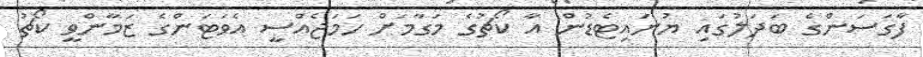
ފާގަސަންގެ ބަދަލުގައި ޔުނައިޓެޑުން އާ ކޯޗުގެ މަގާމަށް ހަމަޖެއްސީ އެވަޓަންގެ ޒަމާންވީ ކޯޗު